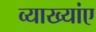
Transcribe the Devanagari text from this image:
व्याख्यांए